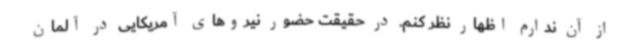
از آن ندارم اظهار نظر کنم. در حقیقت حضور نیروهای آمریکایی در آلمان